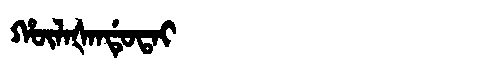
Manchu: ᡥᡡᠯᠠᡧᠠᠨᡩᡠᡨᠠᡳ
Romanization: HŪLAŠANDUTAI